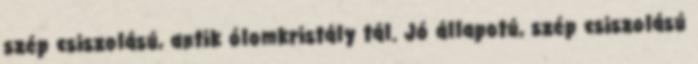
szép csiszolású, antik ólomkristály tál. Jó állapotú, szép csiszolású